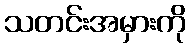
သတင်းအမှားကို